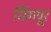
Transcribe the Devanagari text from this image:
सिंगपूर